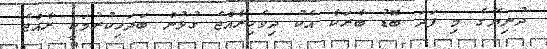
ދުނިޔޭގެ މި ފަދަ ބޮޑު ބާރަކާ އެކު ދިވެހިރާއްޖެ ގުޅުން ބަދަހިކުރުމަކީ ރާއްޖެ